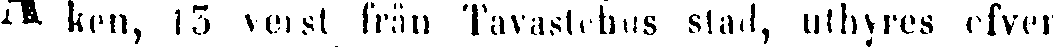
# ken, 13 verst från Tavastehus stad, uthyres efven